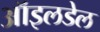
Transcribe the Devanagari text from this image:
ऑइलडेल